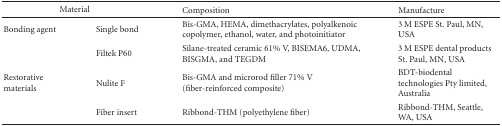
<table><thead><tr><td colspan="2"><b>Material</b></td><td><b>Composition</b></td><td><b>Manufacture</b></td></tr></thead><tbody><tr><td>Bonding agent</td><td>Single bond</td><td>Bis-GMA, HEMA, dimethacrylates, polyalkenoic copolymer, ethanol, water, and photoinitiator</td><td>3 M ESPE St. Paul, MN, USA</td></tr><tr><td></td><td>Filtek P60</td><td>Silane-treated ceramic 61% V, BISEMA6, UDMA, BISGMA, and TEGDM</td><td>3 M ESPE dental products St. Paul, MN, USA</td></tr><tr><td>Restorative materials</td><td>Nulite F</td><td>Bis-GMA and microrod filler 71% V (fiber-reinforced composite)</td><td>BDT-biodental technologies Pty limited, Australia</td></tr><tr><td></td><td>Fiber insert</td><td>Ribbond-THM (polyethylene fiber)</td><td>Ribbond-THM, Seattle, WA, USA</td></tr></tbody></table>